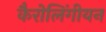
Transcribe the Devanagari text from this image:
कैरोलिंगीयन